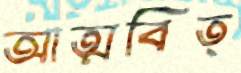
আত্মবিত্